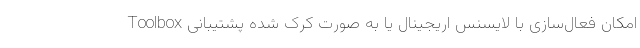
Toolbox امکان فعال‌سازی با لایسنس اریجینال یا به صورت کرک شده پشتیبانی